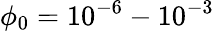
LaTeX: \phi_{0}=10^{-6}-10^{-3}